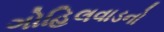
ગોહિલવાડનો